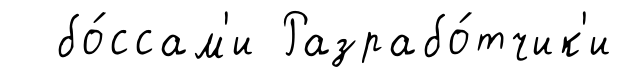
бо́ссам'и Разрабо́тчик'и